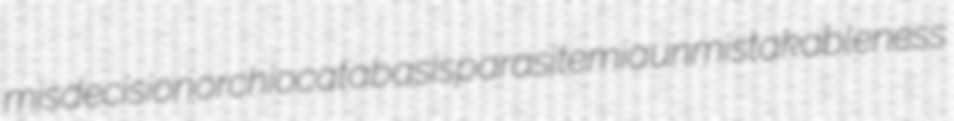
misdecision orchiocatabasis parasitemia unmistakableness